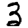
Digit: 3